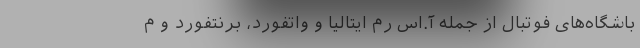
باشگاه‌های فوتبال از جمله آ.اس رم ایتالیا و واتفورد، برنتفورد و م